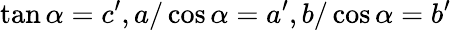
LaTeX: \tan\alpha=c^{\prime},a/\cos\alpha=a^{\prime},b/\cos\alpha=b^{\prime}